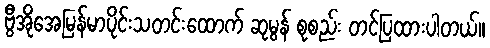
ဗွီအိုအေမြန်မာပိုင်းသတင်းထောက် ဆုမွန် စုစည်း တင်ပြထားပါတယ်။